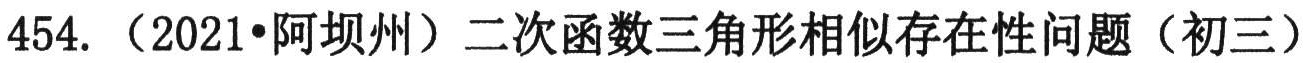
454. （2021•阿坝州）二次函数三角形相似存在性问题（初三）